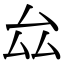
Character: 厽